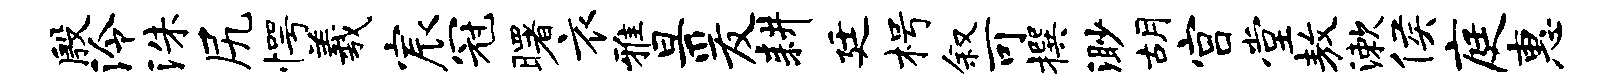
殷泠洙尻愕羲宸冠曙衣雅旦爰耕廷枵叙可撰渺胡宫堂敖漱侯庭惠